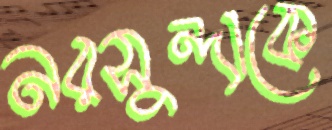
নরসুন্দাকে